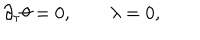
\partial _ { \tau } \theta = 0 , \qquad \lambda = 0 ,